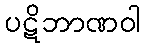
ပဋိဘာဏဝါ